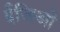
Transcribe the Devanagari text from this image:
ईजिओ